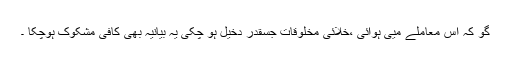
گو کہ اس معاملے میی ہوائی ،خلائی مخلوقات جسقدر دخیل ہو چکی یہ بیانیہ بھی کافی مشکوک ہوچکا ۔